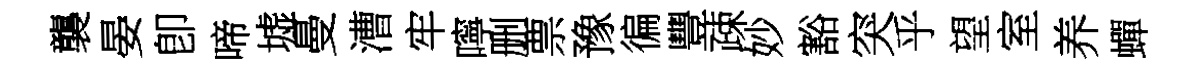
襲晏卽啼墟曼漕牢嚀删票豫徧豐疎妙豁突乎望室养蟬